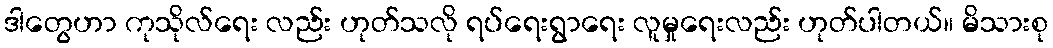
ဒါတွေဟာ ကုသိုလ်ရေး လည်း ဟုတ်သလို ရပ်ရေးရွာရေး လူမှုရေးလည်း ဟုတ်ပါတယ်။ မိသားစု